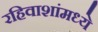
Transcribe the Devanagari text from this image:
रहिवाशांमध्ये